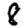
Digit: 8